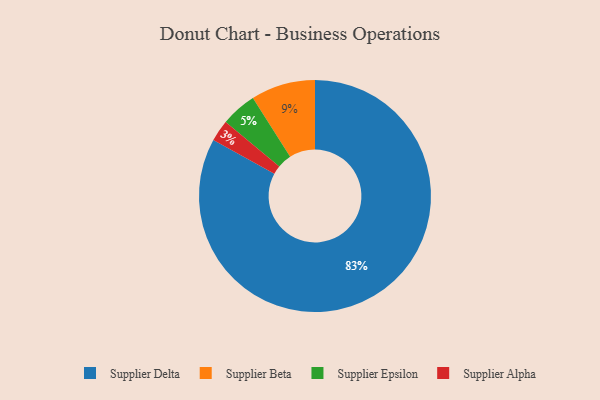
{"axis": {"x": "Category", "y": "Percentage"}, "legend": ["Supplier Alpha", "Supplier Beta", "Supplier Delta", "Supplier Epsilon"], "data": [{"x": "Supplier Beta", "y": 9, "type": "Supplier Beta"}, {"x": "Supplier Epsilon", "y": 5, "type": "Supplier Epsilon"}, {"x": "Supplier Delta", "y": 83, "type": "Supplier Delta"}, {"x": "Supplier Alpha", "y": 3, "type": "Supplier Alpha"}]}